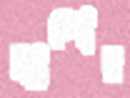
ল্যাম্পোর